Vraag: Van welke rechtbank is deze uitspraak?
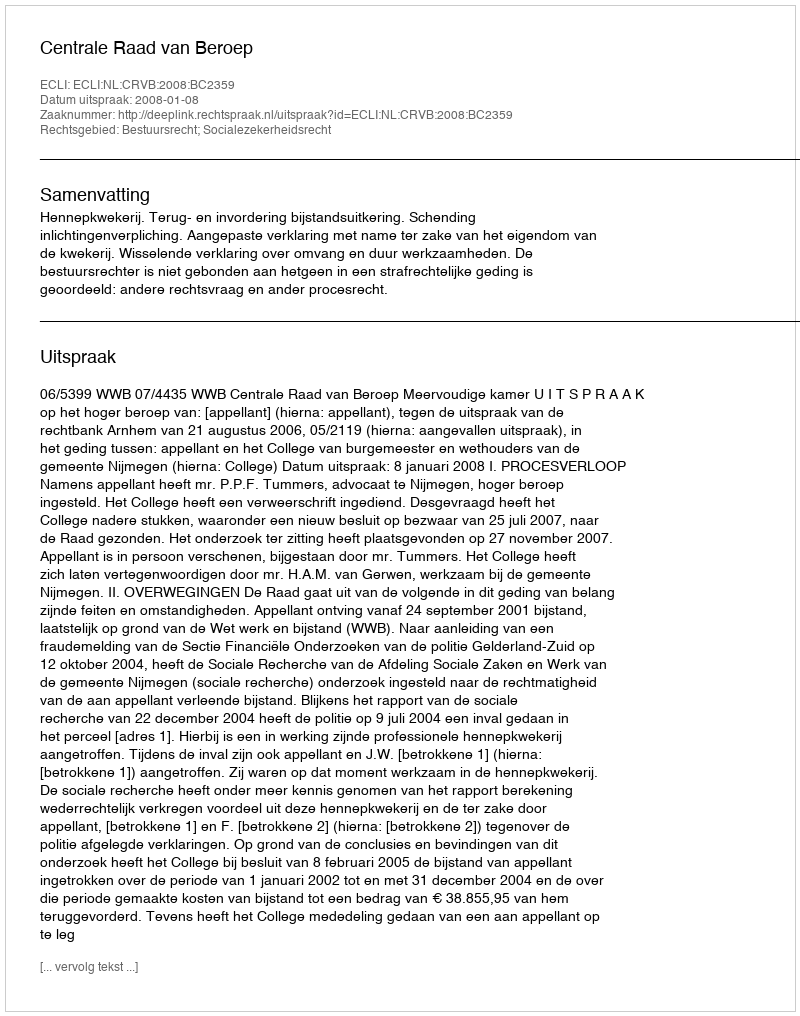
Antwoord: Centrale Raad van Beroep